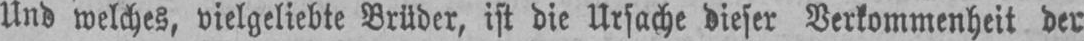
Und welches, vielgeliebte Brüder, ist die Ursache dieser Verkommenheit der